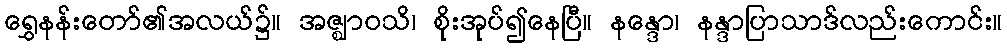
ရွှေနန်းတော်၏အလယ်၌။ အဇ္ဈာဝသိ၊ စိုးအုပ်၍နေပြီ။ နန္ဒော၊ နန္ဒာပြာသာဒ်လည်းကောင်း။